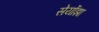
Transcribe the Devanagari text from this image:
सेर्योझा